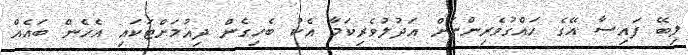
ލިބޭ ފައިސާ އޭގެ ހައްގުވެރިންނަށް އަދުލުވެރިކަމާ އެކު ބެހިގެން ދިއުމަށްޓަކައި އެހެން ބައެއް